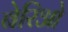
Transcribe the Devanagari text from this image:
बेरिओ